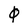
Character: 0